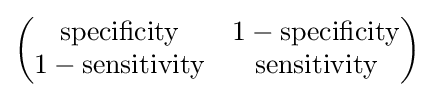
{\begin{pmatrix}\mathrm {specificity} &1-\mathrm {specificity} \\1-\mathrm {sensitivity} &\mathrm {sensitivity} \end{pmatrix}}